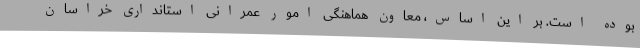
بوده است. بر این اساس، معاون هماهنگی امور عمرانی استانداری خراسان